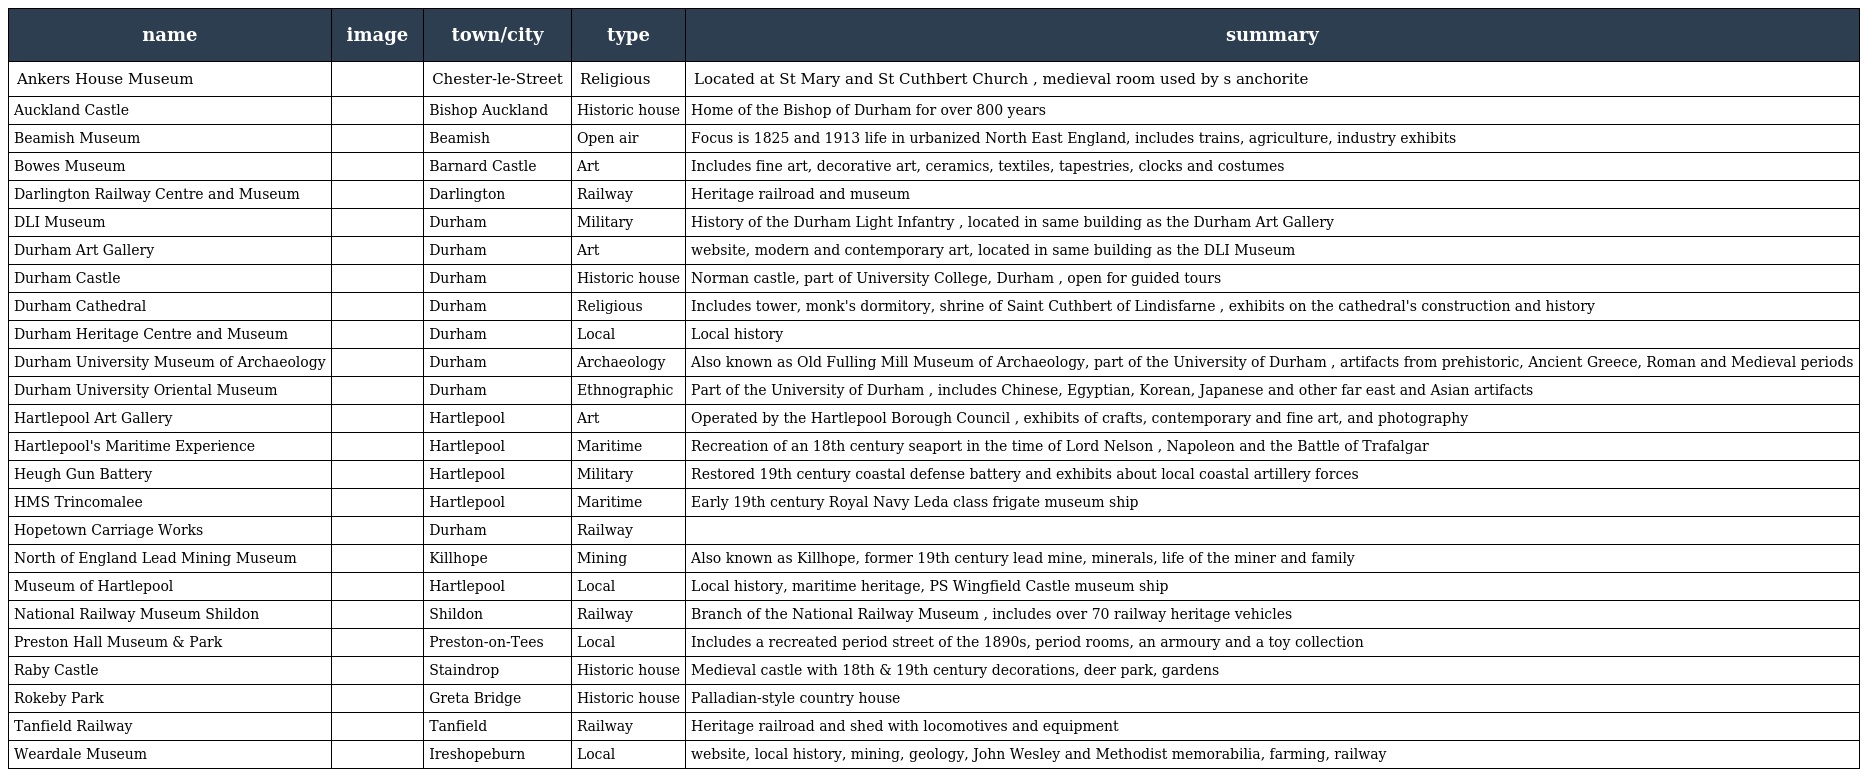
| name | image | town/city | type | summary |
 | --- | --- | --- | --- | --- |
 | Ankers House Museum |  | Chester-le-Street | Religious | Located at St Mary and St Cuthbert Church , medieval room used by s anchorite |
 | Auckland Castle |  | Bishop Auckland | Historic house | Home of the Bishop of Durham for over 800 years |
 | Beamish Museum |  | Beamish | Open air | Focus is 1825 and 1913 life in urbanized North East England, includes trains, agriculture, industry exhibits |
 | Bowes Museum |  | Barnard Castle | Art | Includes fine art, decorative art, ceramics, textiles, tapestries, clocks and costumes |
 | Darlington Railway Centre and Museum |  | Darlington | Railway | Heritage railroad and museum |
 | DLI Museum |  | Durham | Military | History of the Durham Light Infantry , located in same building as the Durham Art Gallery |
 | Durham Art Gallery |  | Durham | Art | website, modern and contemporary art, located in same building as the DLI Museum |
 | Durham Castle |  | Durham | Historic house | Norman castle, part of University College, Durham , open for guided tours |
 | Durham Cathedral |  | Durham | Religious | Includes tower, monk's dormitory, shrine of Saint Cuthbert of Lindisfarne , exhibits on the cathedral's construction and history |
 | Durham Heritage Centre and Museum |  | Durham | Local | Local history |
 | Durham University Museum of Archaeology |  | Durham | Archaeology | Also known as Old Fulling Mill Museum of Archaeology, part of the University of Durham , artifacts from prehistoric, Ancient Greece, Roman and Medieval periods |
 | Durham University Oriental Museum |  | Durham | Ethnographic | Part of the University of Durham , includes Chinese, Egyptian, Korean, Japanese and other far east and Asian artifacts |
 | Hartlepool Art Gallery |  | Hartlepool | Art | Operated by the Hartlepool Borough Council , exhibits of crafts, contemporary and fine art, and photography |
 | Hartlepool's Maritime Experience |  | Hartlepool | Maritime | Recreation of an 18th century seaport in the time of Lord Nelson , Napoleon and the Battle of Trafalgar |
 | Heugh Gun Battery |  | Hartlepool | Military | Restored 19th century coastal defense battery and exhibits about local coastal artillery forces |
 | HMS Trincomalee |  | Hartlepool | Maritime | Early 19th century Royal Navy Leda class frigate museum ship |
 | Hopetown Carriage Works |  | Durham | Railway |  |
 | North of England Lead Mining Museum |  | Killhope | Mining | Also known as Killhope, former 19th century lead mine, minerals, life of the miner and family |
 | Museum of Hartlepool |  | Hartlepool | Local | Local history, maritime heritage, PS Wingfield Castle museum ship |
 | National Railway Museum Shildon |  | Shildon | Railway | Branch of the National Railway Museum , includes over 70 railway heritage vehicles |
 | Preston Hall Museum & Park |  | Preston-on-Tees | Local | Includes a recreated period street of the 1890s, period rooms, an armoury and a toy collection |
 | Raby Castle |  | Staindrop | Historic house | Medieval castle with 18th & 19th century decorations, deer park, gardens |
 | Rokeby Park |  | Greta Bridge | Historic house | Palladian-style country house |
 | Tanfield Railway |  | Tanfield | Railway | Heritage railroad and shed with locomotives and equipment |
 | Weardale Museum |  | Ireshopeburn | Local | website, local history, mining, geology, John Wesley and Methodist memorabilia, farming, railway |